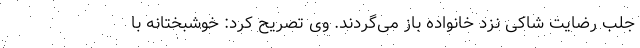
جلب رضایت شاکی نزد خانواده باز می‌گردند. وی تصریح کرد: خوشبختانه با